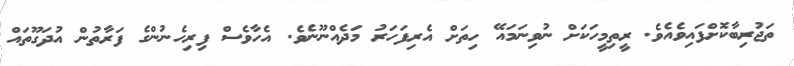
ތަޖުރިބާކޮށްފައިވެއެވެ. ރީތިމީހަކަށް ނުވިނަމައޭ ހިތަށް އެރިފަހަރު މަދެއްނޫނެވެ. އެހާވެސް ފިރިހެނުންގެ ފަރާތުން އުދަގޫތައް